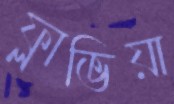
ফ্লাভিয়া